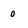
Character: 0